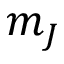
m _ { J }